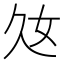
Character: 𡚰